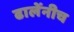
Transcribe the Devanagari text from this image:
ढालेंनीच